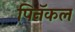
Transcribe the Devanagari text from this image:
पिनॅकल